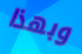
وبهذا